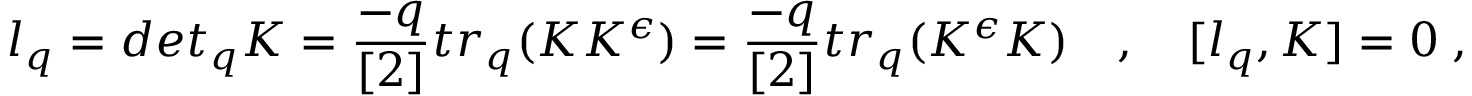
l _ { q } = d e t _ { q } K = \frac { - q } { [ 2 ] } t r _ { q } ( K K ^ { \epsilon } ) = \frac { - q } { [ 2 ] } t r _ { q } ( K ^ { \epsilon } K ) \quad , \quad [ l _ { q } , K ] = 0 \; ,